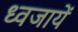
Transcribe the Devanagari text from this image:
ध्वजायें